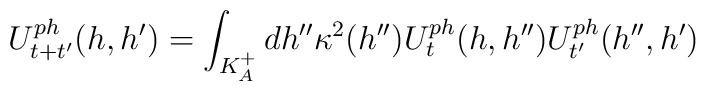
U_{t+t'}^{ph}(h,h')=\int_{K^+_A}dh''\kappa^2(h'')U_t^{ph}(h,h'')U_{t'}^{ph}(h'',h')